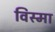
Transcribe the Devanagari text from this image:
विस्मा